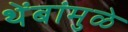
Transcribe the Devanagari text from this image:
थेंबांमुळे